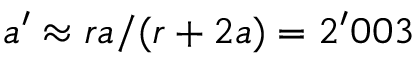
a ^ { \prime } \approx r a / ( r + 2 a ) = 2 ^ { \prime } 0 0 3